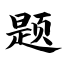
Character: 题